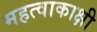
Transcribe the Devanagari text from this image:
महत्वाकाक्षी